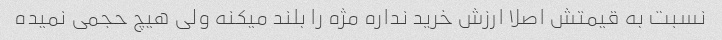
نسبت به قیمتش اصلا ارزش خرید نداره مژه را بلند میکنه ولی هیچ حجمی نمیده